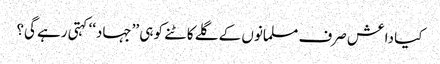
کیا داعش صرف مسلمانوں کے گلے کاٹنے کو ہی ’’جہاد‘‘ کہتی رہے گی؟